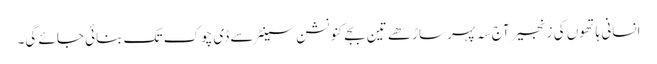
انسانی ہاتھوں کی زنجیر آج سہ پہر ساڑھے تین بجے کنونشن سینٹر سے ڈی چوک تک بنائی جائے گی۔